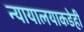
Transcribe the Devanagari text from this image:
न्यायालयाकडेही